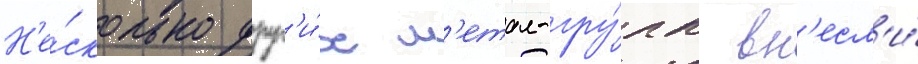
Н'е́сколько друг'и́х м'етал-гру́пп вн'есл'и́